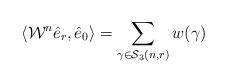
LaTeX: \begin{align*}\langle\mathcal{W}^{n}\hat{e}_{r},\hat{e}_{0}\rangle=\sum_{\gamma\in\mathcal{S}_{3}(n,r)}w(\gamma)\end{align*}